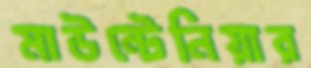
মাউন্টেনিয়ার